TRU_Ajalooring, lk 3
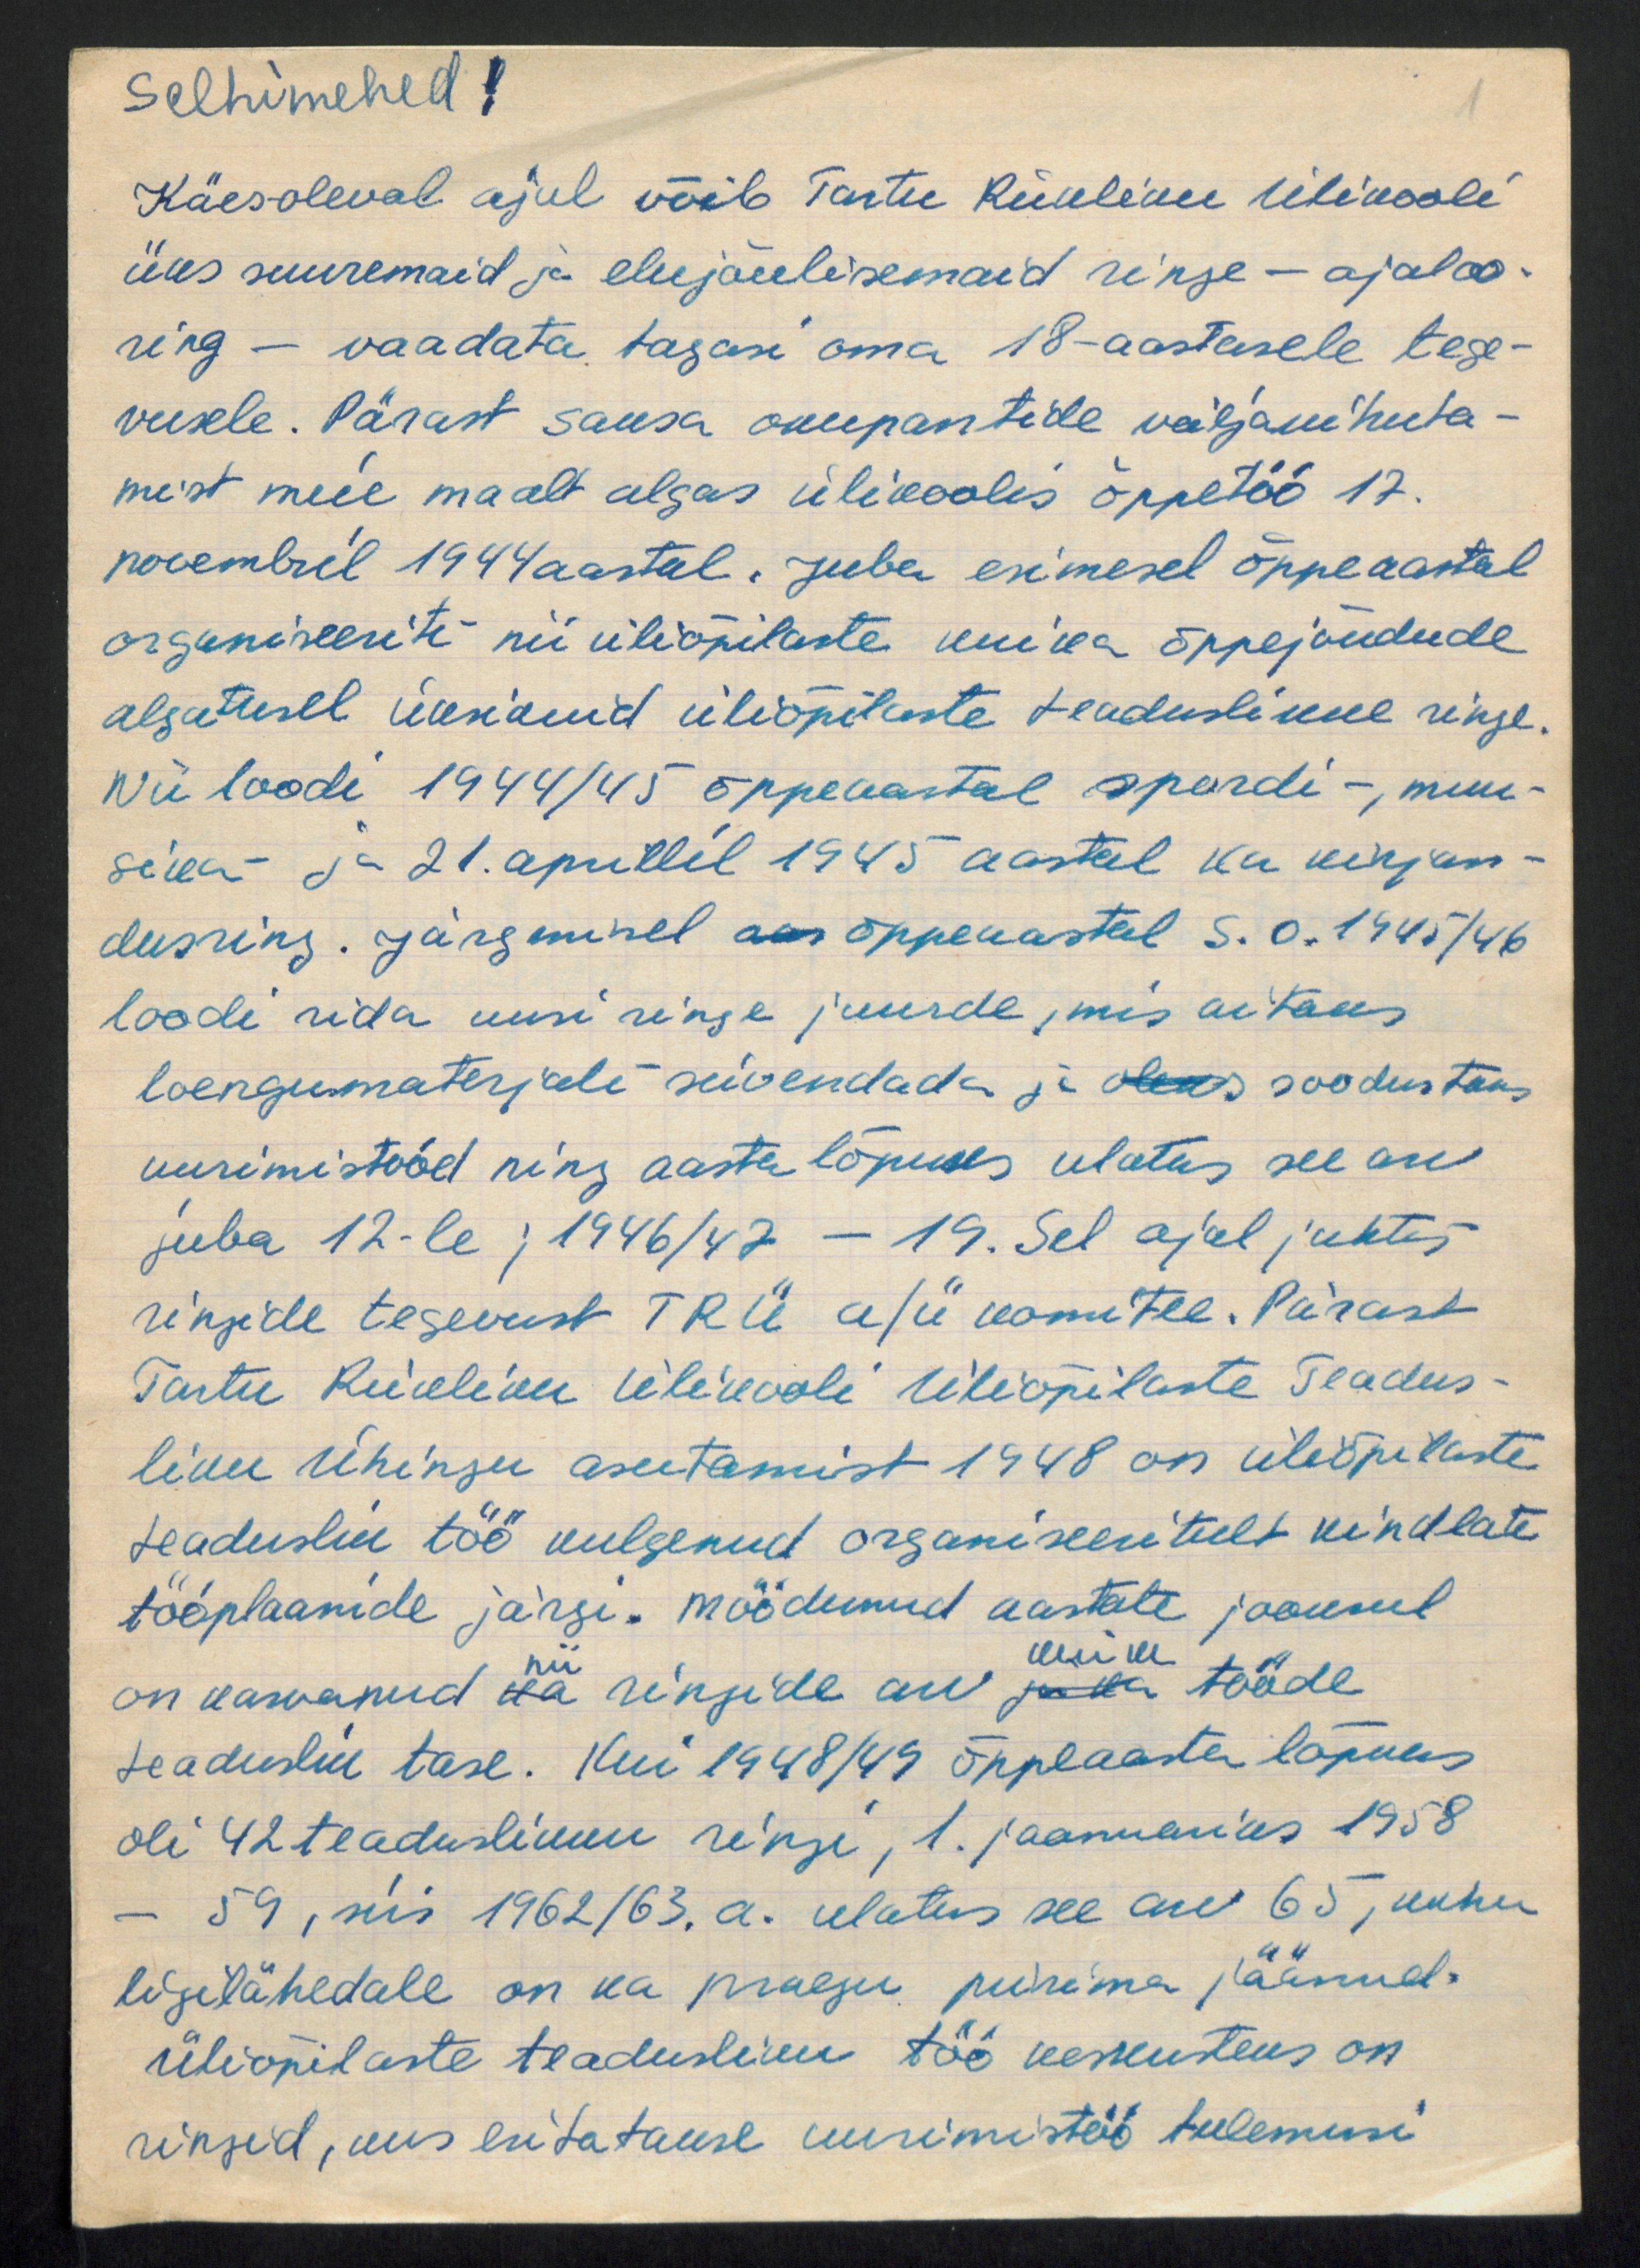
selhimehed!
Käesoleval ajul võib Tartu Riikliku Ülikooli
üks suuremaid ja elujõulisemaid ringe - ajaloo-
ring - vaadata tagasi oma 18-aastasele tege-
vusele. Pärast saksa okupantide väljakihuta-
mist meie maalt algas ülikoolis õppetöö 17.
novembril 1944 aastal. Juba esimesel õppeaastal
organiseeriti nii üliõpilaste kui ka õppejõudude
algatusel üksikuid üliõpilaste teaduslikke ringe.
Nii loodi 1944/45 õppeaastal spordi-, muu-
sika ja 21.aprillil 1945 aastal ka kirjan-
dusring. järgmisel aes õppeaastal s.o. 1945/46
loodi rida uusi ringe juurde, mis aitaks
loengumaterjali süvendada ja oleks soodustaks
uurimistööd ning aasta lõpuks ulatus see au
juba 12-le; 1946/47 - 19. Sel ajal juhtis
ringide tegevust TRÜ a/ü komitee. Pärast
Tartu Riikliku Ülikooli Üliõpilaste Teadus-
liku ühingu asutamist 1948 on üliõpilaste
teaduslik töö kulgenud organiseeritult kindlate
tööplaanide järgi. Möödunud aastate jooksul
nii
kui ka
on kasvanud ka ringide arv ja ka tööde
teaduslik tase. Kui 1948/49 õpplaasta lõpuks
oli 42 teaduslikku ringi, 1. jaanuaniks 1958
- 59, siis 1962/63. a. ulatus see arv 65, kuhu
liigilähedale on ka praegu püsima jäänud.
üliõpilaste teadusliku töö keskusteus on
ringid, kus esitatakse uurimistöö tulemusi